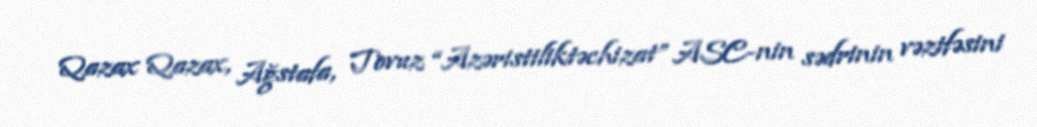
Qazax Qazax, Ağstafa, Tovuz “Azəristiliktəchizat” ASC-nin sədrinin vəzifəsini